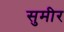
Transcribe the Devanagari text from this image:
सुमीर